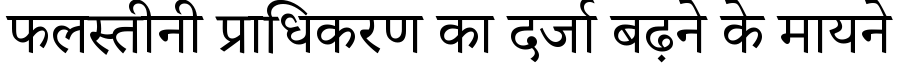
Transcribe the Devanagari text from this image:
फलस्तीनी प्राधिकरण का दर्जा बढ़ने के मायने